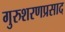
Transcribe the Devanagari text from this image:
गुरुशरणप्रसाद